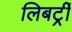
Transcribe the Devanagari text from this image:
लिबर्ट्री